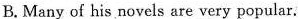
B. Many of his novels are very popular.